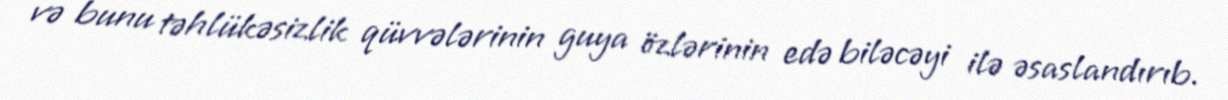
və bunu təhlükəsizlik qüvvələrinin guya özlərinin edə biləcəyi ilə əsaslandırıb.